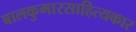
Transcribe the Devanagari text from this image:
बालकुमारसाहित्यकार